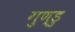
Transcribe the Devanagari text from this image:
गुण्डु